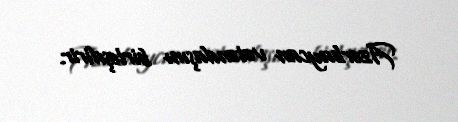
Azərbaycan vətəndaşını birləşdirir.